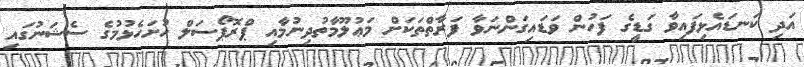
އަދި ކަނޑައެޅިފައިވާ ގަޑީގެ ފަހުން ވަޑައިގަންނަވާ ފަރާތްތަކަށް މަޢުލޫމާތުދިނުމާއި ޕްރޮޕޯސަލް ހުށަހެޅުމުގެ ސެޝަނުގައި